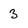
Character: 3